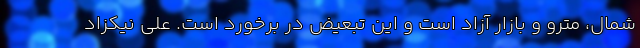
شمال، مترو و بازار آزاد است و این تبعیض در برخورد است. علی نیکزاد